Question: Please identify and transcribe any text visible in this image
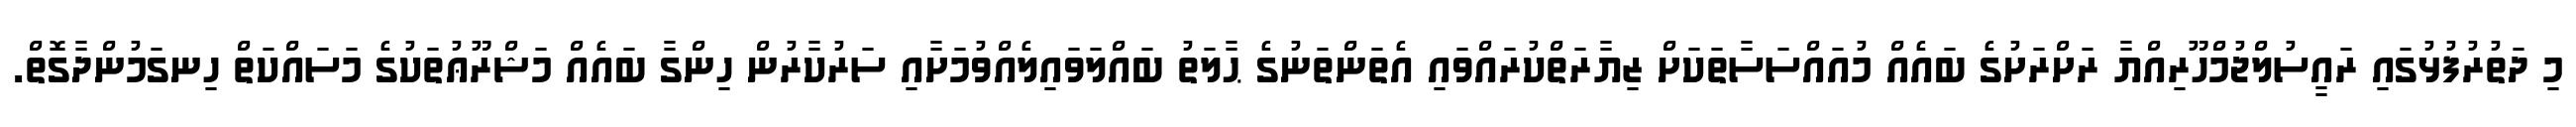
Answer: މި ދަތުރުފުޅުގައި ރައީސުލްޖުމްހޫރިއްޔާ ރަށްރަށުގެ ބައެއް މުއައްސަސާތަކަށް ޒިޔާރަތްކުރައްވައި އެތަންތަނުގެ ޙާލަތު ބައްލަވައިލެއްވުމަށާއި ސަރުކާރުން ހިންގާ ބައެއް މަޝްރޫޢުތަކުގެ މަސައްކަތް ހިނގަމުންދާގޮތް.